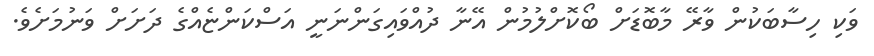
ވަކި ހިސާބަކުން ވާރޭ މާބޮޑަށް ބޯކޮށްލުމުން އޭނާ ދުއްވައިގަންނަނީ އަސްކަންޏެއްގެ ދަށަށް ވަނުމަށެވެ.